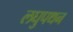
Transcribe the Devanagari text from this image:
लघुपथन